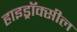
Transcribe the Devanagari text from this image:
हाइड्रॉक्सील